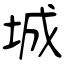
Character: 城